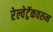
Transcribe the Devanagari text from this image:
रेल्वेट्रॅकवरुन